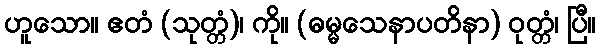
ဟူသော။ ဧတံ (သုတ္တံ)၊ ကို။ (ဓမ္မသေနာပတိနာ) ဝုတ္တံ၊ ပြီ။